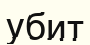
убит